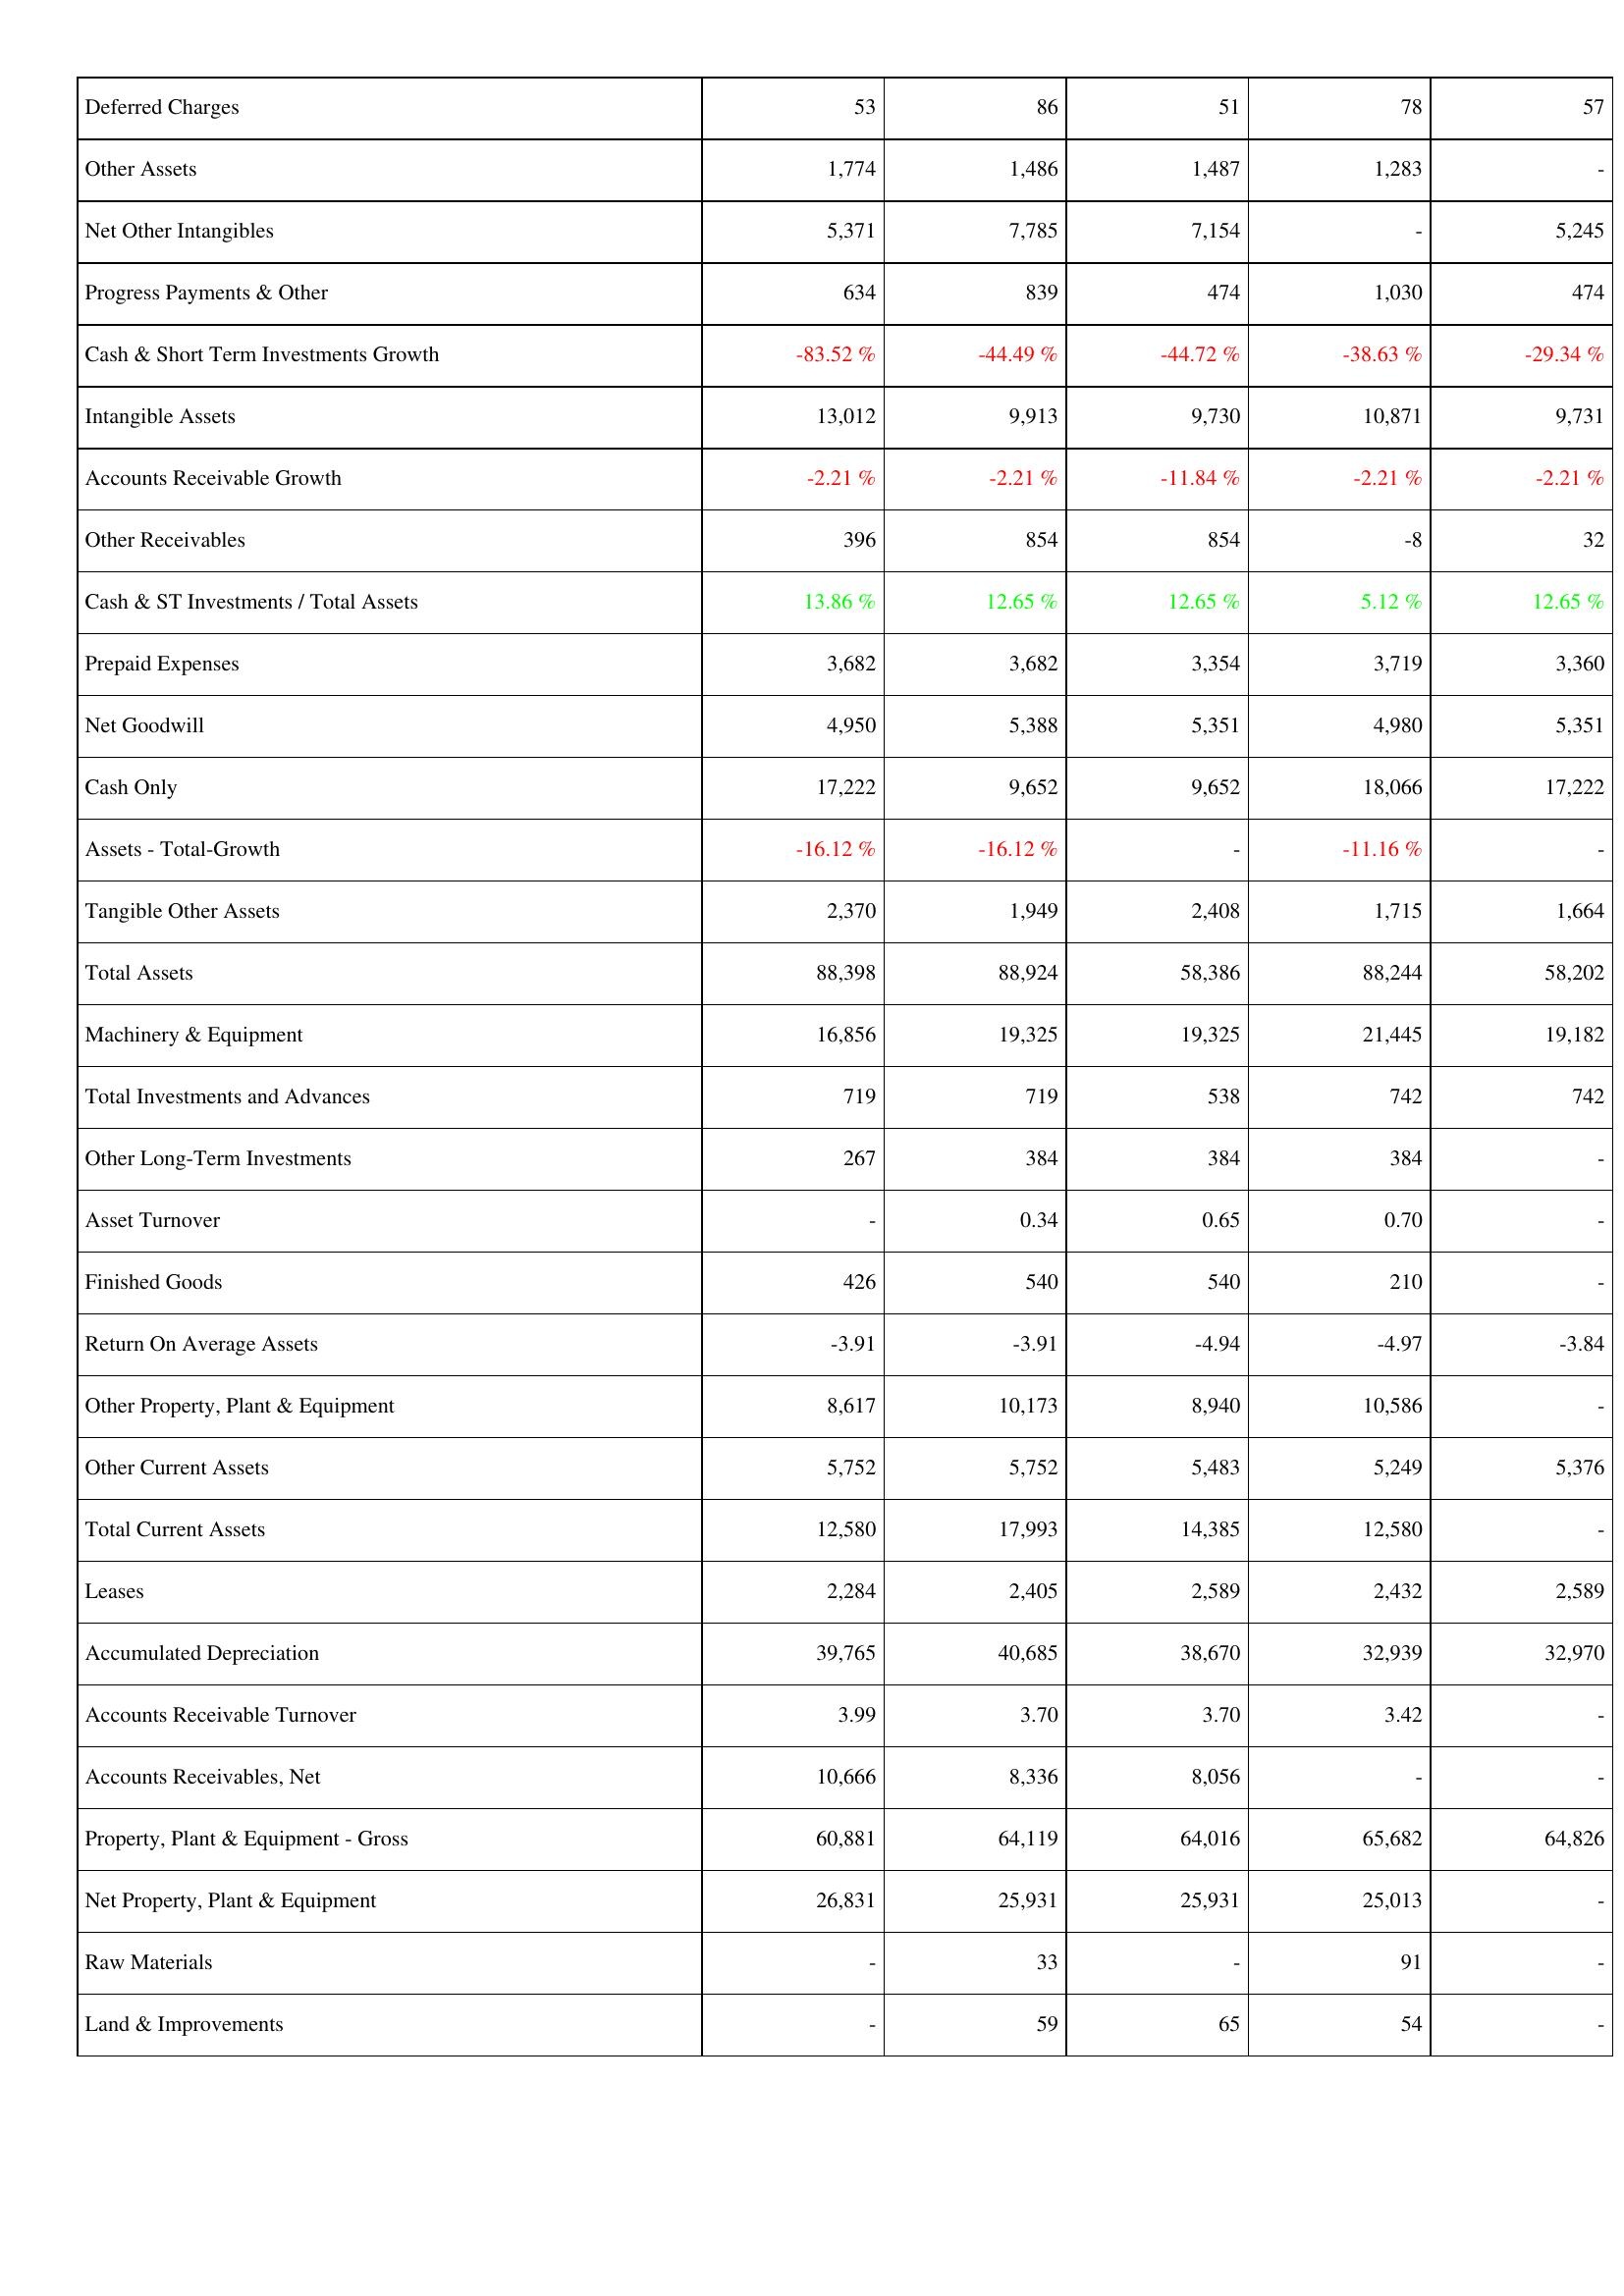
2018: Assets: Deferred Charges: 53
Other Assets: 1,774
Net Other Intangibles: 5,371
Progress Payments & Other: 634
Cash & Short Term Investments Growth: -83.52 %
Intangible Assets: 13,012
Accounts Receivable Growth: -2.21 %
Other Receivables: 396
Cash & ST Investments / Total Assets: 13.86 %
Prepaid Expenses: 3,682
Net Goodwill: 4,950
Cash Only: 17,222
Assets - Total-Growth: -16.12 %
Tangible Other Assets: 2,370
Total Assets: 88,398
Machinery & Equipment: 16,856
Total Investments and Advances: 719
Other Long-Term Investments: 267
Asset Turnover: -
Finished Goods: 426
Return On Average Assets: -3.91
Other Property, Plant & Equipment: 8,617
Other Current Assets: 5,752
Total Current Assets: 12,580
Leases: 2,284
Accumulated Depreciation: 39,765
Accounts Receivable Turnover: 3.99
Accounts Receivables, Net: 10,666
Property, Plant & Equipment - Gross: 60,881
Net Property, Plant & Equipment: 26,831
Raw Materials: -
Land & Improvements: -
2019: Assets: Deferred Charges: 86
Other Assets: 1,486
Net Other Intangibles: 7,785
Progress Payments & Other: 839
Cash & Short Term Investments Growth: -44.49 %
Intangible Assets: 9,913
Accounts Receivable Growth: -2.21 %
Other Receivables: 854
Cash & ST Investments / Total Assets: 12.65 %
Prepaid Expenses: 3,682
Net Goodwill: 5,388
Cash Only: 9,652
Assets - Total-Growth: -16.12 %
Tangible Other Assets: 1,949
Total Assets: 88,924
Machinery & Equipment: 19,325
Total Investments and Advances: 719
Other Long-Term Investments: 384
Asset Turnover: 0.34
Finished Goods: 540
Return On Average Assets: -3.91
Other Property, Plant & Equipment: 10,173
Other Current Assets: 5,752
Total Current Assets: 17,993
Leases: 2,405
Accumulated Depreciation: 40,685
Accounts Receivable Turnover: 3.70
Accounts Receivables, Net: 8,336
Property, Plant & Equipment - Gross: 64,119
Net Property, Plant & Equipment: 25,931
Raw Materials: 33
Land & Improvements: 59
2020: Assets: Deferred Charges: 51
Other Assets: 1,487
Net Other Intangibles: 7,154
Progress Payments & Other: 474
Cash & Short Term Investments Growth: -44.72 %
Intangible Assets: 9,730
Accounts Receivable Growth: -11.84 %
Other Receivables: 854
Cash & ST Investments / Total Assets: 12.65 %
Prepaid Expenses: 3,354
Net Goodwill: 5,351
Cash Only: 9,652
Assets - Total-Growth: -
Tangible Other Assets: 2,408
Total Assets: 58,386
Machinery & Equipment: 19,325
Total Investments and Advances: 538
Other Long-Term Investments: 384
Asset Turnover: 0.65
Finished Goods: 540
Return On Average Assets: -4.94
Other Property, Plant & Equipment: 8,940
Other Current Assets: 5,483
Total Current Assets: 14,385
Leases: 2,589
Accumulated Depreciation: 38,670
Accounts Receivable Turnover: 3.70
Accounts Receivables, Net: 8,056
Property, Plant & Equipment - Gross: 64,016
Net Property, Plant & Equipment: 25,931
Raw Materials: -
Land & Improvements: 65
2021: Assets: Deferred Charges: 78
Other Assets: 1,283
Net Other Intangibles: -
Progress Payments & Other: 1,030
Cash & Short Term Investments Growth: -38.63 %
Intangible Assets: 10,871
Accounts Receivable Growth: -2.21 %
Other Receivables: -8
Cash & ST Investments / Total Assets: 5.12 %
Prepaid Expenses: 3,719
Net Goodwill: 4,980
Cash Only: 18,066
Assets - Total-Growth: -11.16 %
Tangible Other Assets: 1,715
Total Assets: 88,244
Machinery & Equipment: 21,445
Total Investments and Advances: 742
Other Long-Term Investments: 384
Asset Turnover: 0.70
Finished Goods: 210
Return On Average Assets: -4.97
Other Property, Plant & Equipment: 10,586
Other Current Assets: 5,249
Total Current Assets: 12,580
Leases: 2,432
Accumulated Depreciation: 32,939
Accounts Receivable Turnover: 3.42
Accounts Receivables, Net: -
Property, Plant & Equipment - Gross: 65,682
Net Property, Plant & Equipment: 25,013
Raw Materials: 91
Land & Improvements: 54
2022: Assets: Deferred Charges: 57
Other Assets: -
Net Other Intangibles: 5,245
Progress Payments & Other: 474
Cash & Short Term Investments Growth: -29.34 %
Intangible Assets: 9,731
Accounts Receivable Growth: -2.21 %
Other Receivables: 32
Cash & ST Investments / Total Assets: 12.65 %
Prepaid Expenses: 3,360
Net Goodwill: 5,351
Cash Only: 17,222
Assets - Total-Growth: -
Tangible Other Assets: 1,664
Total Assets: 58,202
Machinery & Equipment: 19,182
Total Investments and Advances: 742
Other Long-Term Investments: -
Asset Turnover: -
Finished Goods: -
Return On Average Assets: -3.84
Other Property, Plant & Equipment: -
Other Current Assets: 5,376
Total Current Assets: -
Leases: 2,589
Accumulated Depreciation: 32,970
Accounts Receivable Turnover: -
Accounts Receivables, Net: -
Property, Plant & Equipment - Gross: 64,826
Net Property, Plant & Equipment: -
Raw Materials: -
Land & Improvements: -